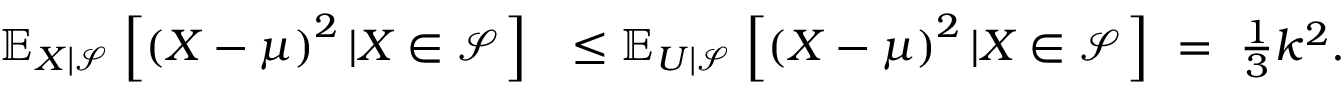
\begin{array} { r l } { { \mathbb { E } } _ { X \left\lvert { \mathscr { S } } \right. } \left[ { \left( X - \mu \right) } ^ { 2 } \left\lvert X \in { \mathscr { S } } \right. \right] } & { \le { \mathbb { E } } _ { U \left\lvert { \mathscr { S } } \right. } \left[ { \left( X - \mu \right) } ^ { 2 } \left\lvert X \in { \mathscr { S } } \right. \right] \ = \ { \frac { 1 } { 3 } } k ^ { 2 } . } \end{array}